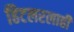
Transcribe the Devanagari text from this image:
हिटलरलाही